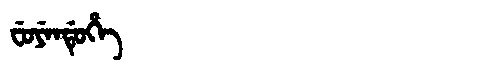
Manchu: ᠸᡠᠶᡝᠨᡩᡠᡥᡝ
Romanization: FUYENDUHE